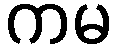
ကမ